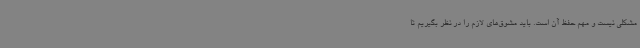
مشکلی نیست و مهم حفظ آن است. باید مشوق‌های لازم را در نظر بگیریم تا